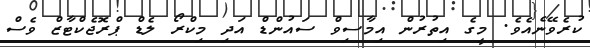
ކުރެވޭނެއެވެ. މީގެ އިތުރުން އިމާސިވް ސައުންޑް އަދި މިކްރޯ ލެޑް ޕްރޮޖެކްޓާޒް ވެސް